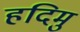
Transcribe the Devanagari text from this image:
हदिमु